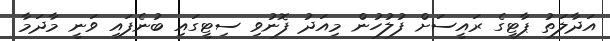
އަދާލަތު ޕާޓީގެ ރައީސަށް ފުލުހުން މިއަދު ފޮނުވި ސިޓީގައި ބުނެފައި ވަނީ މާދަމާ